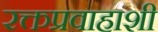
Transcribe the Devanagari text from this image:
रक्तप्रवाहाशी